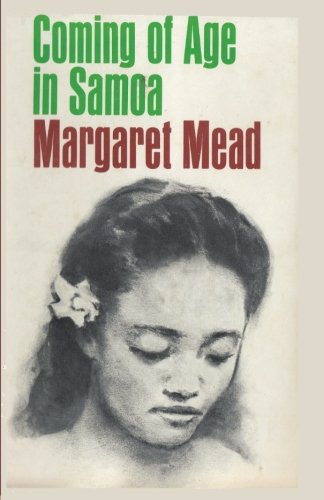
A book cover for Coming of Age in Samoa: A Psychological Study of Primitive Youth for Western Civilisation; Margaret Mead; Travel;